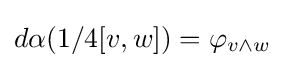
d\alpha (1/4[v,w])=\varphi _{v\wedge w}